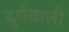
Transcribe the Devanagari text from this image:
दुर्गवाली